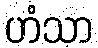
ဟံသာ